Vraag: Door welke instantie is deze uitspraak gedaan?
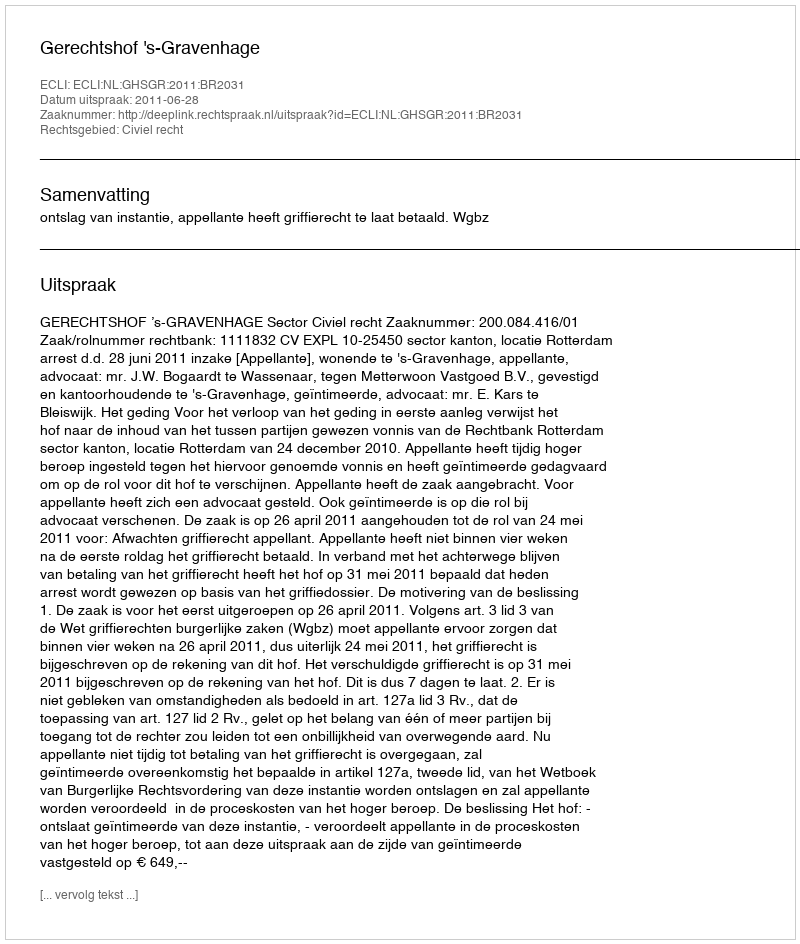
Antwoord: Gerechtshof 's-Gravenhage